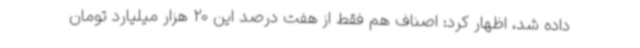
داده شد، اظهار کرد: اصناف هم فقط از هفت درصد این 20 هزار میلیارد تومان